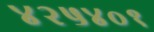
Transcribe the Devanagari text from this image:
४२५४०१